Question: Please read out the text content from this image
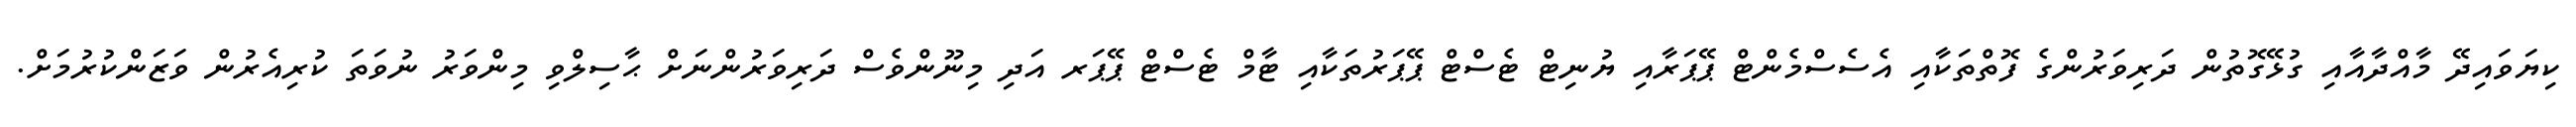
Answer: ކިޔަވައިދޭ މާއްދާއާއި ގުޅޭގޮތުން ދަރިވަރުންގެ ފޮތްތަކާއި އެސެސްމެންޓް ޕޭޕަރާއި ޔުނިޓް ޓެސްޓް ޕޭޕަރުތަކާއި ޓާމް ޓެސްޓް ޕޭޕަރ އަދި މިނޫންވެސް ދަރިވަރުންނަށް ޙާސިލްވި މިންވަރު ނުވަތަ ކުރިއެރުން ވަޒަންކުރުމަށް.